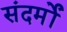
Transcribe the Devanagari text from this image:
संदर्मों